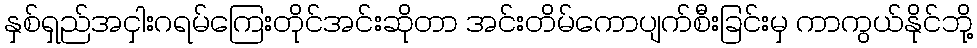
နှစ်ရှည်အငှါးဂရမ်ကြေးတိုင်အင်းဆိုတာ အင်းတိမ်ကောပျက်စီးခြင်းမှ ကာကွယ်နိုင်ဘို့